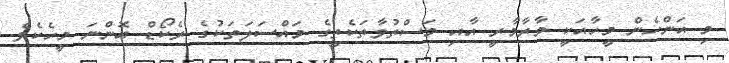
މި އަންހެން މީހާއަކީ މާރާމާރީ އާއި މަސްތުވާތަކެތީގެ މައްސަލަތަކުގެ ރެކޯޑް އޮންނަ މީހެކެވެ.